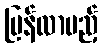
ပြန်လာမည့်